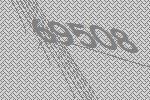
69508